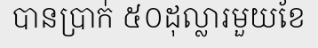
បានប្រាក់ ៥០ដុល្លារមួយខែ